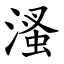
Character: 溞